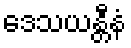
ဒေသယန္တီနံ